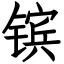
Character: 镔